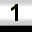
Digit: 1